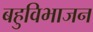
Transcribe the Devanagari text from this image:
बहुविभाजन